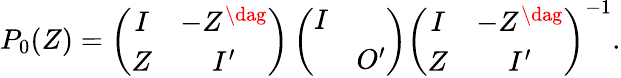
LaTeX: P_{0}(Z)=\left(\begin{array}{cc}{{I}}&{{-Z^{\dag}}}\\ {{Z}}&{{I^{\prime}}}\end{array}\right)\left(\begin{array}{cc}{{I}}&{{}}\\ {{}}&{{O^{\prime}}}\end{array}\right)\left(\begin{array}{cc}{{I}}&{{-Z^{\dag}}}\\ {{Z}}&{{I^{\prime}}}\end{array}\right)^{-1}.